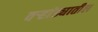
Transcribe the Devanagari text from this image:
वर्‍हांड्यातील